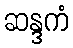
ဆန္ဒကံ